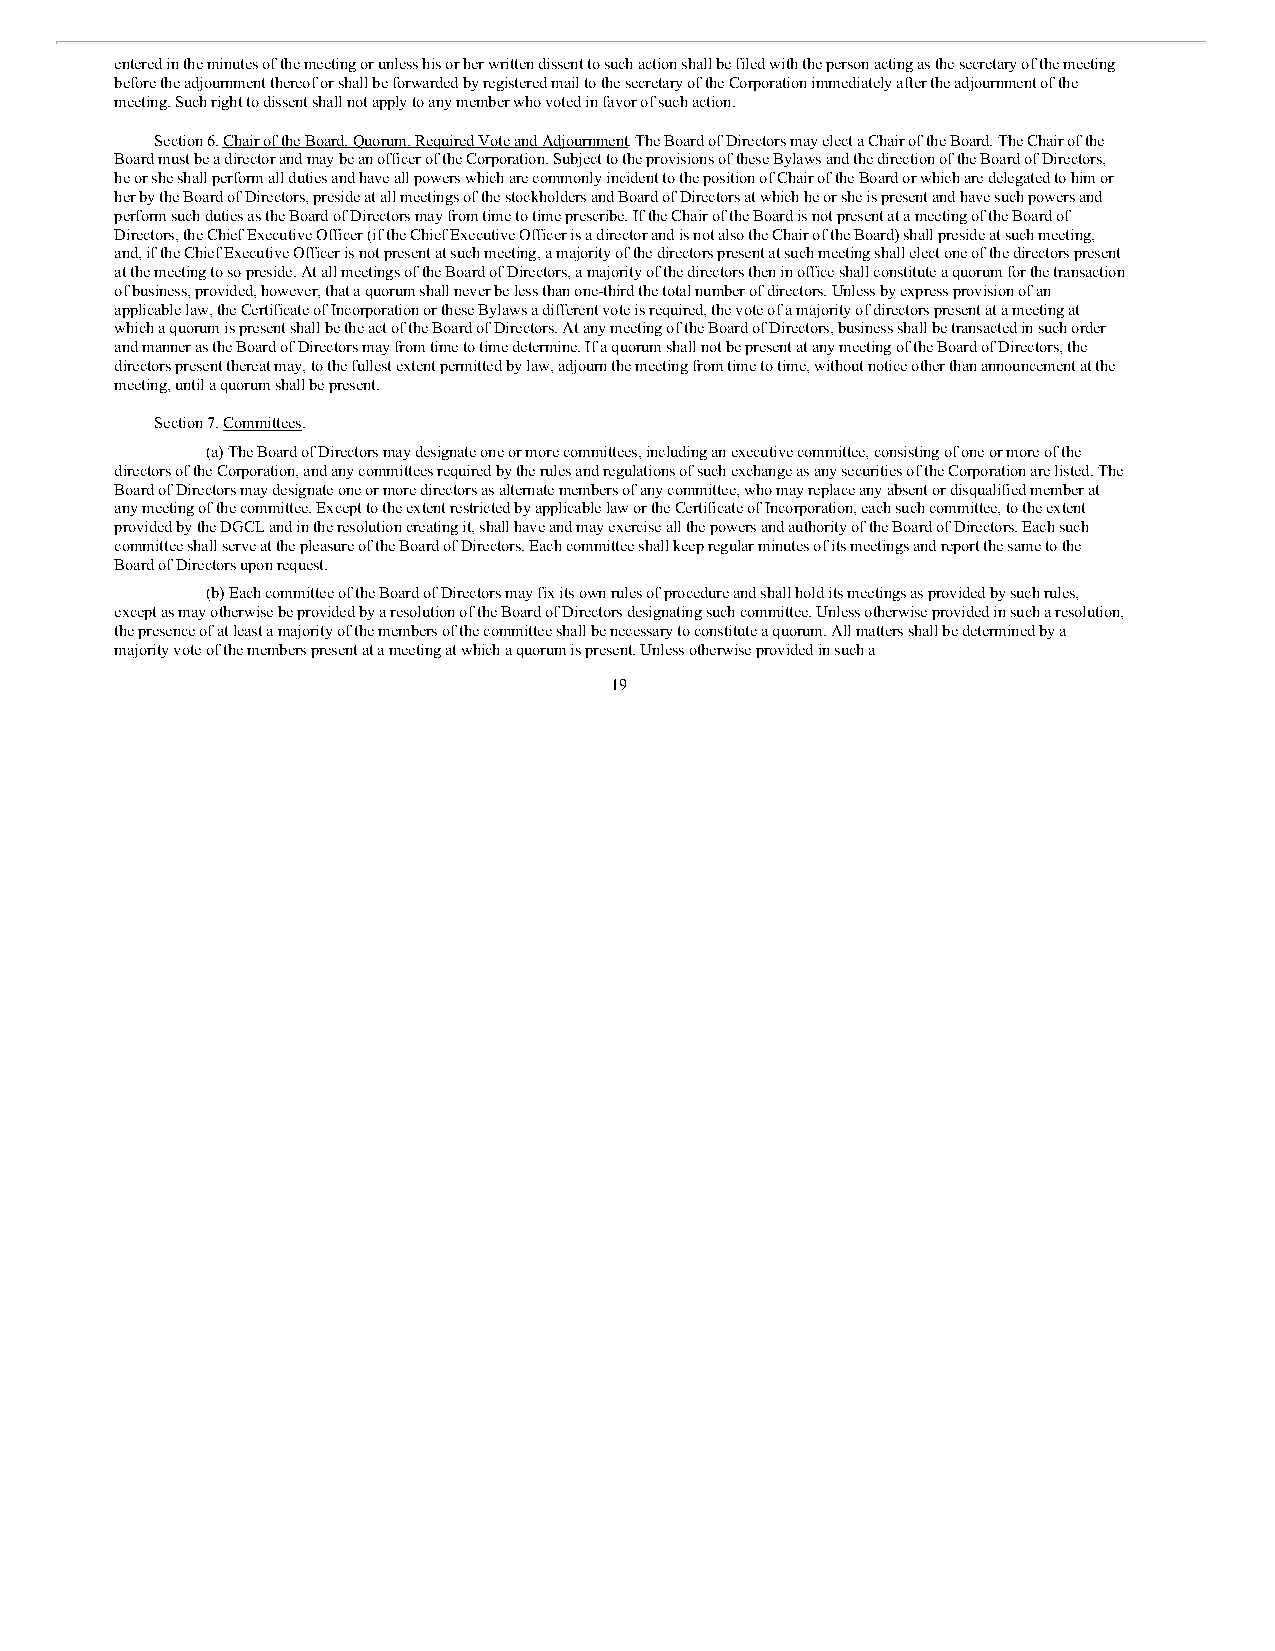
entered in the minutes of the meeting or unless his or her written dissent to such action shall be filed with the person acting as the secretary of the meeting
 before the adjournment thereof or shall be forwarded by registered mail to the secretary of the Corporation immediately after the adjournment of the
 meeting. Such right to dissent shall not apply to any member who voted in favor of such action.
 Section 6. Chair of the Board, Quorum, Required Vote and Adjournment. The Board of Directors may elect a Chair of the Board. The Chair of the
 Board must be a director and may be an officer of the Corporation. Subject to the provisions of these Bylaws and the direction of the Board of Directors,
 he or she shall perform all duties and have all powers which are commonly incident to the position of Chair of the Board or which are delegated to him or
 her by the Board of Directors, preside at all meetings of the stockholders and Board of Directors at which he or she is present and have such powers and
 perform such duties as the Board of Directors may from time to time prescribe. If the Chair of the Board is not present at a meeting of the Board of
 Directors, the Chief Executive Officer (if the Chief Executive Officer is a director and is not also the Chair of the Board) shall preside at such meeting,
 and, if the Chief Executive Officer is not present at such meeting, a majority of the directors present at such meeting shall elect one of the directors present
 at the meeting to so preside. At all meetings of the Board of Directors, a majority of the directors then in office shall constitute a quorum for the transaction
 of business, provided, however, that a quorum shall never be less than one-third the total number of directors. Unless by express provision of an
 applicable law, the Certificate of Incorporation or these Bylaws a different vote is required, the vote of a majority of directors present at a meeting at
 which a quorum is present shall be the act of the Board of Directors. At any meeting of the Board of Directors, business shall be transacted in such order
 and manner as the Board of Directors may from time to time determine. If a quorum shall not be present at any meeting of the Board of Directors, the
 directors present thereat may, to the fullest extent permitted by law, adjourn the meeting from time to time, without notice other than announcement at the
 meeting, until a quorum shall be present.
 Section 7. Committees.
 (a) The Board of Directors may designate one or more committees, including an executive committee, consisting of one or more of the
 directors of the Corporation, and any committees required by the rules and regulations of such exchange as any securities of the Corporation are listed. The
 Board of Directors may designate one or more directors as alternate members of any committee, who may replace any absent or disqualified member at
 any meeting of the committee. Except to the extent restricted by applicable law or the Certificate of Incorporation, each such committee, to the extent
 provided by the DGCL and in the resolution creating it, shall have and may exercise all the powers and authority of the Board of Directors. Each such
 committee shall serve at the pleasure of the Board of Directors. Each committee shall keep regular minutes of its meetings and report the same to the
 Board of Directors upon request.
 (b) Each committee of the Board of Directors may fix its own rules of procedure and shall hold its meetings as provided by such rules,
 except as may otherwise be provided by a resolution of the Board of Directors designating such committee. Unless otherwise provided in such a resolution,
 the presence of at least a majority of the members of the committee shall be necessary to constitute a quorum. All matters shall be determined by a
 majority vote of the members present at a meeting at which a quorum is present. Unless otherwise provided in such a
 19